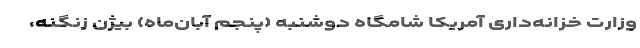
وزارت خزانه‌داری آمریکا شامگاه دوشنبه (پنجم آبان‌ماه) بیژن زنگنه،